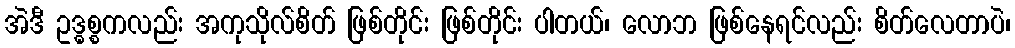
အဲဒီ ဥဒ္ဓစ္စကလည်း အကုသိုလ်စိတ် ဖြစ်တိုင်း ဖြစ်တိုင်း ပါတယ်၊ လောဘ ဖြစ်နေရင်လည်း စိတ်လေတာပဲ၊